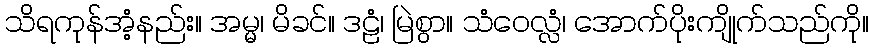
သိရကုန်အံ့နည်း။ အမ္မ၊ မိခင်။ ဒဠံ၊ မြဲစွာ။ သံဝေလ္လံ၊ အောက်ပိုးကျိုက်သည်ကို။